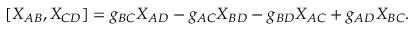
[ X _ { A B } , X _ { C D } ] = g _ { B C } X _ { A D } - g _ { A C } X _ { B D } - g _ { B D } X _ { A C } + g _ { A D } X _ { B C } .